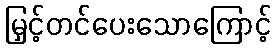
မြှင့်တင်ပေးသောကြောင့်